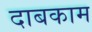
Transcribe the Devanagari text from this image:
दाबकाम